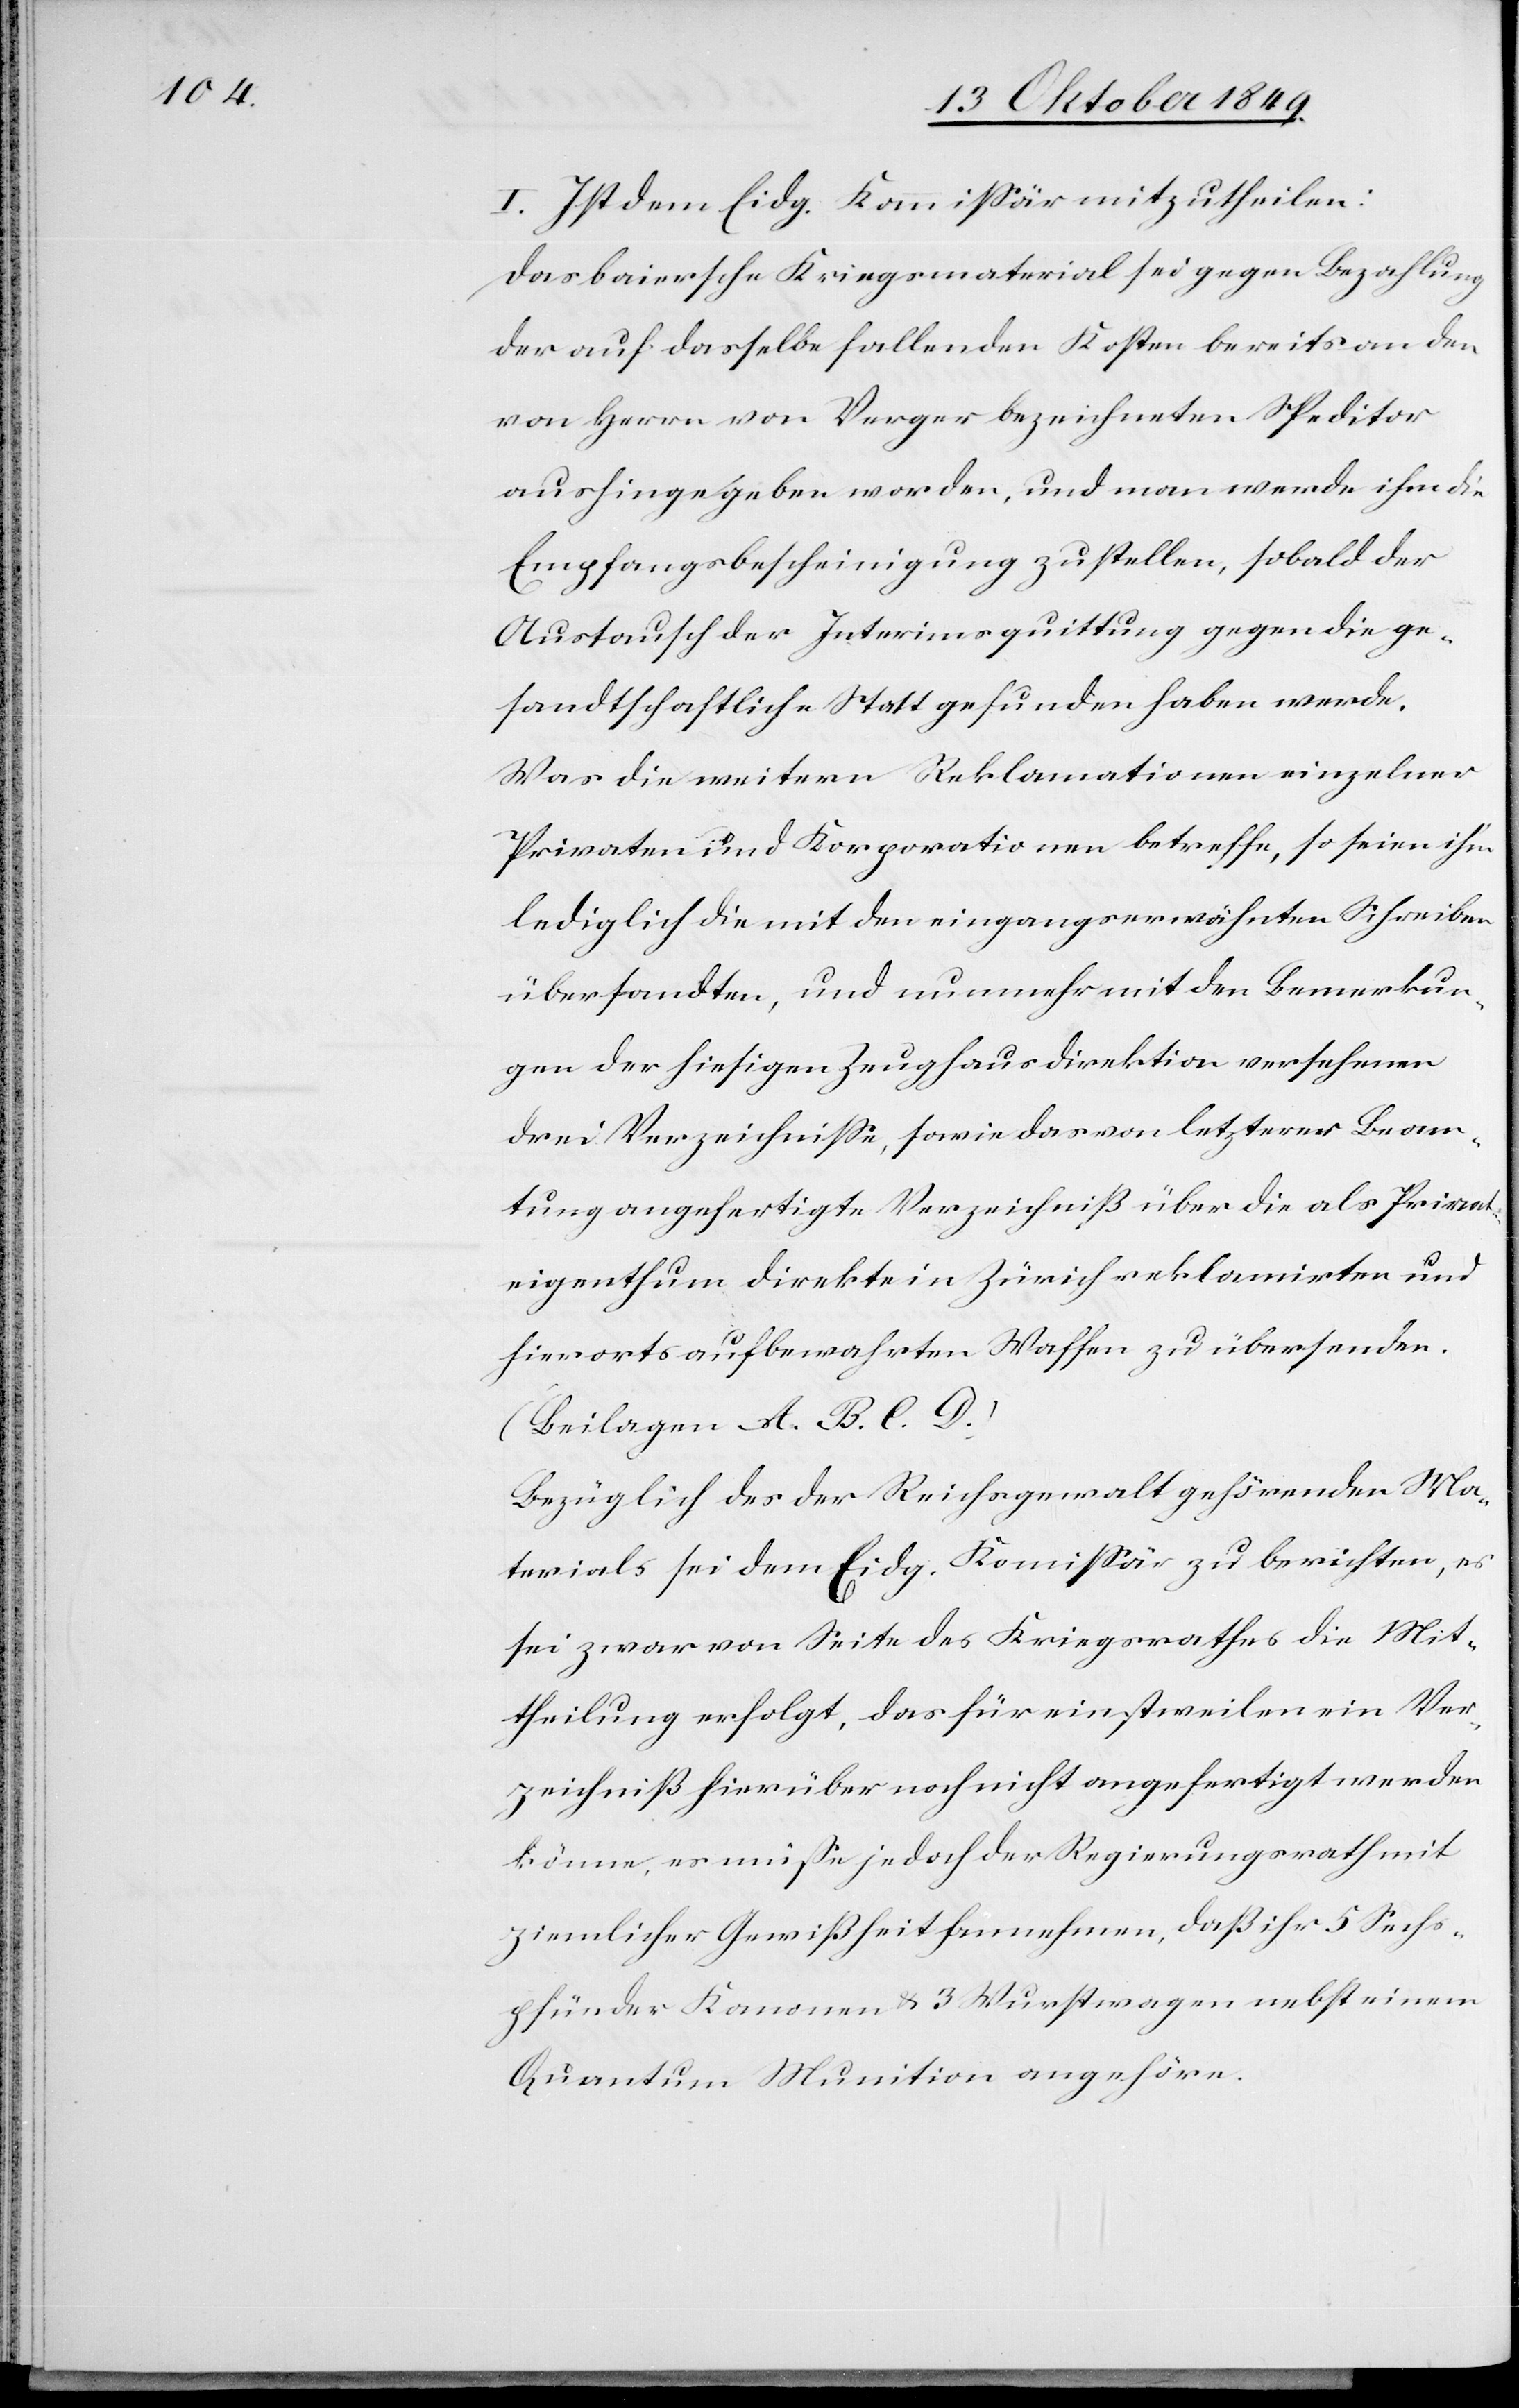
I. Ist dem Eidg. Kommißär mitzutheilen:
Das baiersche Kriegsmaterial sei gegen Bezahlung
der auf dasselbe fallenden Kosten bereits an den
von Herrn von Verger bezeichneten Speditor
aushingegeben worden, und man werde ihm die
Empfangsbescheinigung zustellen, sobald der
Austausch der Interimsquittung gegen die ge¬
sandtschaftliche Statt gefunden haben werde.
Was die weitern Reklamationen einzelner
Privaten und Korporationen betreffe, so seien ihm
lediglich die mit dem eingangserwähnten Schreiben
übersandten, und nunmehr mit den Bemerkun¬
gen der hiesigen Zeughausdirektion versehenen
drei Verzeichniße, sowie das von letzterer Beam¬
tung angefertigte Verzeichniß über die als Priva¬
teigenthum direkte in Zürich reklamirten und
hierorts aufbewahrten Waffen zu übersenden.
(Beilagen A. B. C. D.)
Bezüglich des der Reichsverwaltung gehörenden Ma¬
terials sei dem Eidg. Kommißär zu berichten, es
sei zwar von Seite des Kriegsrathes die Mit¬
theilung erfolgt, das für einstweilen ein Ver¬
zeichniß hierüber noch nicht angefertigt werden
könne, es müße jedoch der Regierungsrath mit
ziemlicher Gewißheit annehmen, daß ihr 5 Sechs¬
pfünder der Kanonen u. 3 Wurstwagen nebst einem
Quantum Munition angehören.